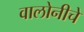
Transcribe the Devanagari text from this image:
वालोनीचे